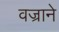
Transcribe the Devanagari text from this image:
वज्राने